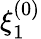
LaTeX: \xi_{1}^{(0)}